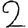
Digit: 2